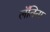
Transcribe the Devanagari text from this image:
लॅतिना